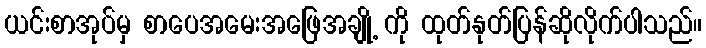
ယင်းစာအုပ်မှ စာပေအမေးအဖြေအချို့ ကို ထုတ်နုတ်ပြန်ဆိုလိုက်ပါသည်။